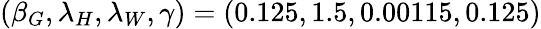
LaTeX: (\beta_{G},\lambda_{H},\lambda_{W},\gamma)=(0.125,1.5,0.00115,0.125)